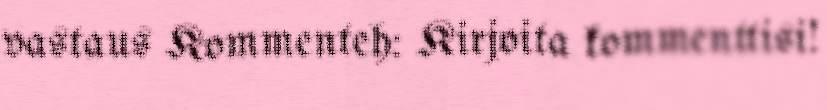
vastaus Kommenteh: Kirjoita kommenttisi!